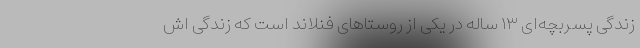
زندگی پسربچه‌ای ۱۳ ساله در یکی از روستاهای فنلاند است که زندگی اش